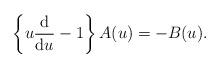
LaTeX: \begin{align*}\left\{u\frac{{\rm d}}{{\rm d}u}-1\right\} A(u)= -B(u).\end{align*}